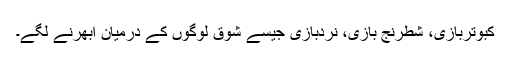
کبوتربازی، شطرنج بازی، نردبازی جیسے شوق لوگوں کے درمیان ابھرنے لگے۔